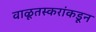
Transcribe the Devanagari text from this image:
वाळूतस्करांकडून